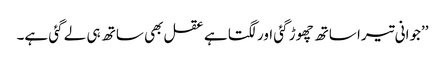
’’جوانی تیرا ساتھ چھوڑ گئی اور لگتا ہے عقل بھی ساتھ ہی لے گئی ہے۔